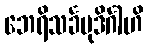
ဘေရိသင်္ခမုဒိင်္ဂါဟိ